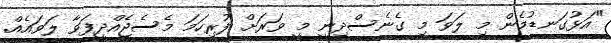
"އަޅުގަނޑުމެން މި ލަވަ މި ގެނެސްދިނީ މީ ވަރަށް ފުރިހަމަ މެސެޖެއްދީފަވާ ލަވައެއް.